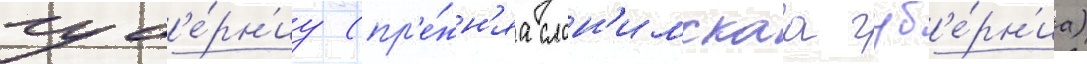
губ'е́рн'иу (пр'е́жн'яа слон'имскаа губ'е́рн'иа)